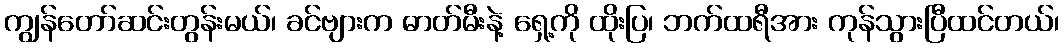
ကျွန်တော်ဆင်းတွန်းမယ်၊ ခင်ဗျားက ဓာတ်မီးနဲ့ ရှေ့ကို ထိုးပြ၊ ဘက်ထရီအား ကုန်သွားပြီထင်တယ်၊